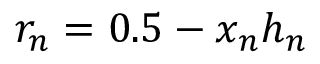
r _ { n } = 0 . 5 - x _ { n } h _ { n }